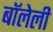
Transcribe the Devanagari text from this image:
बॉलेली